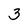
Character: 3